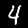
Digit: 4